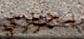
بجواري